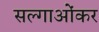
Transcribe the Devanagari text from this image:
सल्गाओंकर